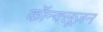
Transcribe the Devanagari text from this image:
कॉन्क्लूज़न